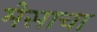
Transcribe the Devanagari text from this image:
मेसाचा